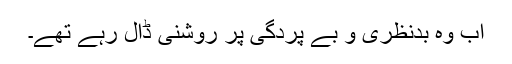
اب وہ بدنظری و بے پردگی پر روشنی ڈال رہے تھے۔